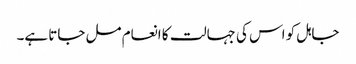
جاہل کو اس کی جہالت کا انعام مل جاتا ہے۔